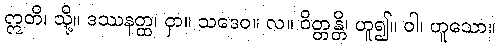
ဣတိ၊ သို့။ ဒဿနတ္ထ၊ ငှာ။ သဒေဝ။ လ။ ဝိတ္တန္တိ၊ ဟူ၍။ ဝါ၊ ဟူသော။